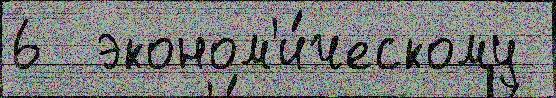
6  эконом'и́ческому